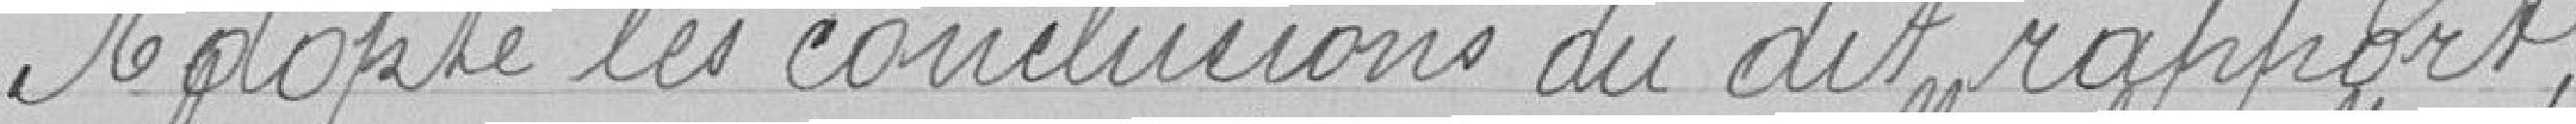
Adopte les conclusions dudit rapport